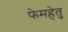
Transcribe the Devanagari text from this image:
फेमहेतु